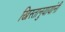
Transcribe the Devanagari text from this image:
ख्रिस्तानुयायांनी